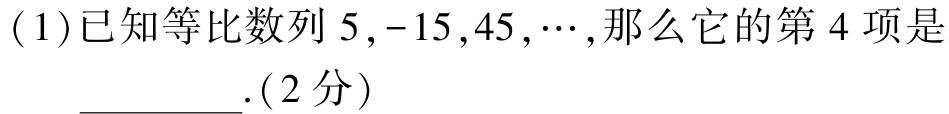
(1)已知等比数列\(5,-15,45,\cdots\),那么它的第\(4\)项是 _________.（2分）